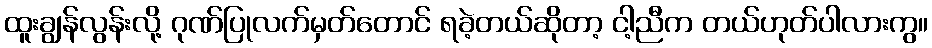
ထူးချွန်လွန်းလို့ ဂုဏ်ပြုလက်မှတ်တောင် ရခဲ့တယ်ဆိုတာ့ ငါ့ညီက တယ်ဟုတ်ပါလားကွ။